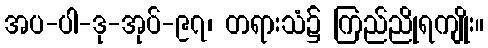
အပ-ပါ-ဒု-အုပ်-၉၇၊ တရားသံ၌ ကြည်ညိုရကျိုး။